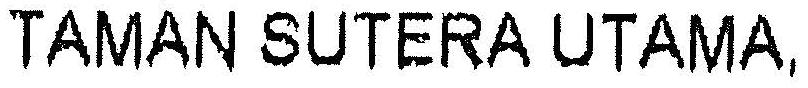
TAMAN SUTERA UTAMA,